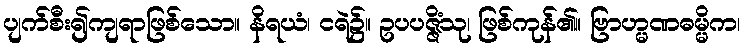
ပျက်စီး၍ကျရာဖြစ်သော။ နိရယံ၊ ငရဲ၌။ ဥပပဇ္ဇိံသု၊ ဖြစ်ကုန်၏။ ဗြာဟ္မဏဓမ္မိက၊